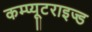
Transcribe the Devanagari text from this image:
कम्प्यूटराइज्ड